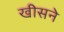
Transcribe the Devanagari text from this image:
खीसने